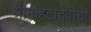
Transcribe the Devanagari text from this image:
श्रीमोहटादेवीची